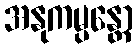
အနုကမ္ပန္တော